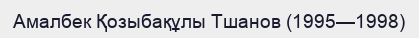
Амалбек Қозыбақұлы Тшанов (1995—1998)